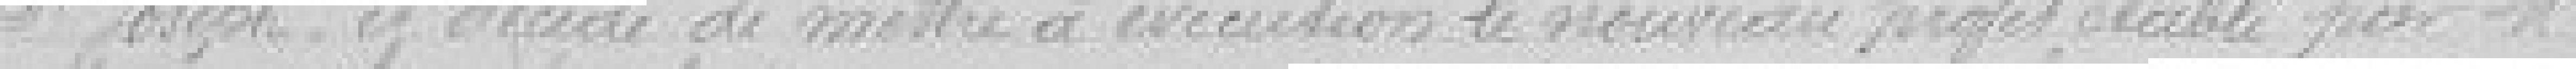
Saint Joseph et décide de mettre à exécution le nouveau projet établi par Monsieur